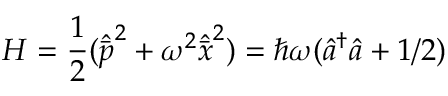
H = \frac { 1 } { 2 } ( \hat { \bar { p } } ^ { 2 } + \omega ^ { 2 } \hat { \bar { x } } ^ { 2 } ) = \hbar \omega ( \hat { a } ^ { \dagger } \hat { a } + 1 / 2 )